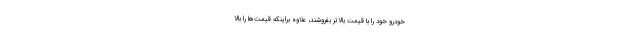
خودرو خود را با قیمت بالاتر بفروشند، علاوه براینکه قیمت‌ها را بالا